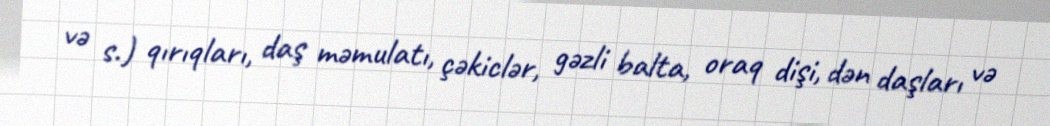
və s.) qırıqları, daş məmulatı, çəkiclər, gəzli balta, oraq dişi, dən daşları və